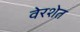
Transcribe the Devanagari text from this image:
वेरशेत